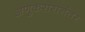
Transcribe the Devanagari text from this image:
अणुकरारानंतर